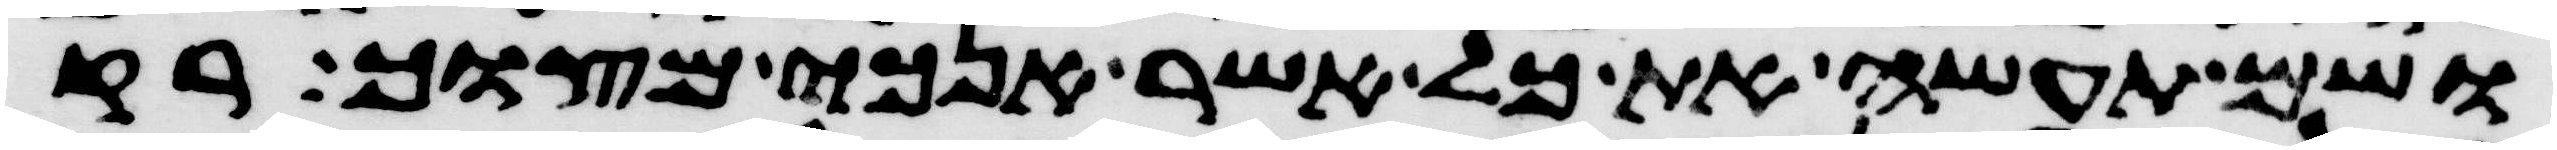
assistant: ושם תעשה את כל אשר אנכי מצוך רק